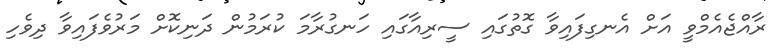
ރާއްޖެއެމްވީ އަށް އެނގިފައިވާ ގޮތުގައި ސީރިއާގައި ހަނގުރާމަ ކުރަމުން ދަނިކޮށް މަރުވެފައިވާ ދިވެހި